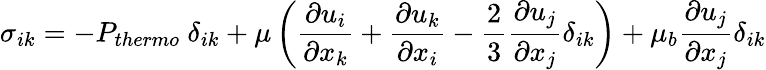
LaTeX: \sigma_{ik}=-P_{thermo}~\delta_{ik}+\mu\displaystyle\left(\frac{\partial u_{i}}{\partial x_{k}}+\frac{\partial u_{k}}{\partial x_{i}}-\frac{2}{3}\frac{\partial u_{j}}{\partial x_{j}}\delta_{ik}\right)+\mu_{b}\frac{\partial u_{j}}{\partial x_{j}}\delta_{ik}